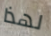
لهذا